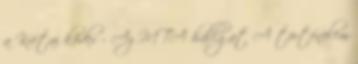
a Krétai kódex – Az MTA hallgat A történelem